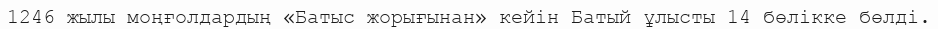
1246 жылы моңғолдардың «Батыс жорығынан» кейін Батый ұлысты 14 бөлікке бөлді.